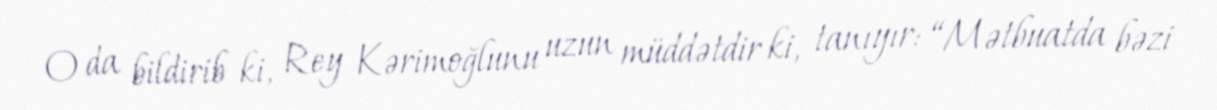
O da bildirib ki, Rey Kərimoğlunu uzun müddətdir ki, tanıyır: “Mətbuatda bəzi